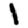
Digit: 1